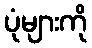
ပုံများကို